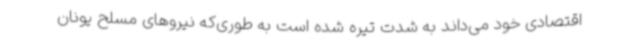
اقتصادی خود می‌داند به شدت تیره شده است به طوری‌که نیروهای مسلح یونان